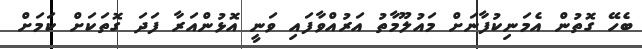
ބެހޭ ގޮތުން އެމަނިކުފާނަށް މައުލޫމާތު އަރުއްވާފައި ވަނީ އޮޅުންއަރާ ފަދަ ގޮތަކަށް ކަމަށް